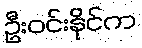
ဦးဝင်းနိုင်က